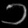
Digit: ၁